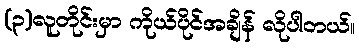
(၃)လူတိုင်းမှာ ကိုယ်ပိုင်အချိန် လိုပါတယ်။